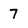
Character: 7